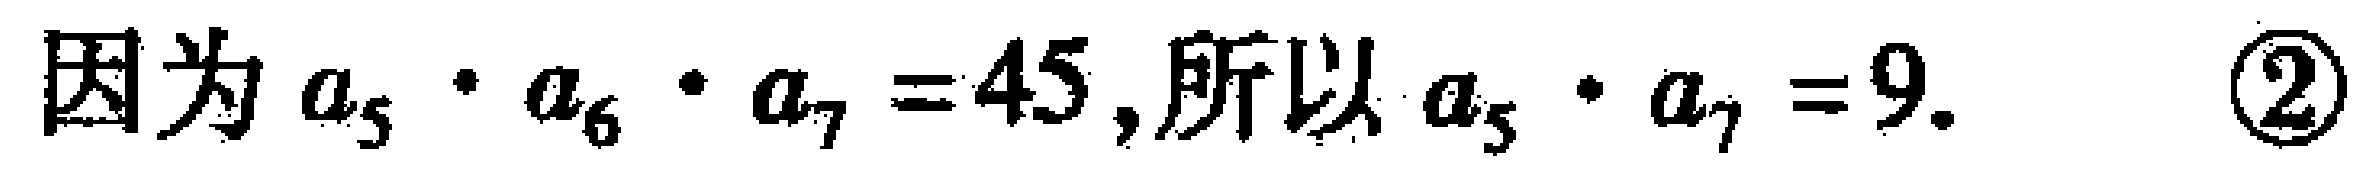
因为 \(a_{5}\cdot a_{6}\cdot a_{7}=45\),所以 \(a_{5}\cdot a_{7}=9.\) \textcircled{2}